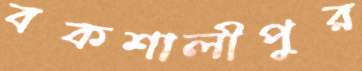
বকশালীপুর